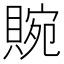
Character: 䝹